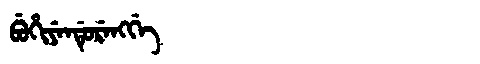
Manchu: ᠪᡠᡥᡳᠶᡝᠨᡩᡠᡵᡝᠩᡤᡝ
Romanization: BUHIYENDURENGGE